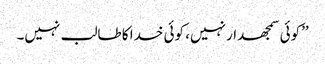
’’کوئی سمجھدار نہیں، کوئی خدا کا طالب نہیں۔